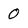
Character: 0